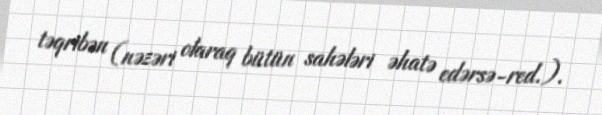
təqribən (nəzəri olaraq bütün sahələri əhatə edərsə-red.).